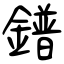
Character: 鐠